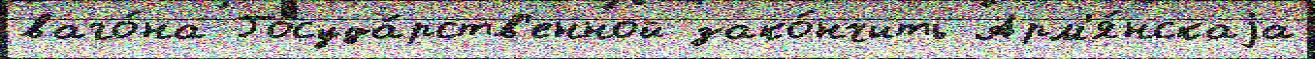
ваго́на Госуда́рств'енной зако́нчить Арм'я́нскаjа